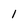
Character: I